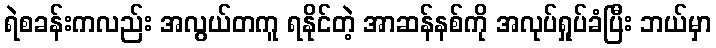
ရဲစခန်းကလည်း အလွယ်တကူ ရနိုင်တဲ့ အာဆန်နစ်ကို အလုပ်ရှုပ်ခံပြီး ဘယ်မှာ